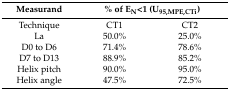
| Measurand | <COLSPAN=2> % of EN<1 (U95,MPE,CTi) |
 | --- | --- | --- |
 | Technique | CT1 | CT2 |
 | La | 50.0% | 25.0% |
 | D0 to D6 | 71.4% | 78.6% |
 | D7 to D13 | 88.9% | 85.2% |
 | Helix pitch | 90.0% | 95.0% |
 | Helix angle | 47.5% | 72.5% |